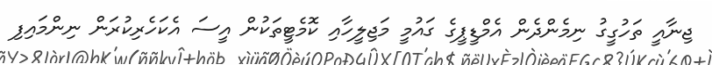
ޖިނާއީ ތަހުގީގު ނިމެންދެން އެމްޑީޕީގެ ގައުމީ މަޖިލީހާއި ކޮމެޓީތަކުން އީސަ އެކަހެރިކުރަން ނިންމައިފި